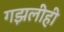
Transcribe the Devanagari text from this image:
गझलीही